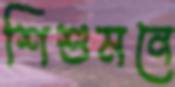
শিশুমনে